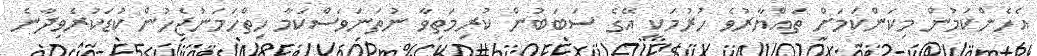
އެހެންކަމުން މިކަންކަމަށް ތައްޔާރުވެ ހުރުމަކީ އޭގެ ސަބަބުން ކުރިމަތިވާ ނުތަނަވަސްކަމާ ހިތްހަމަނުޖެހުން ކުޑަކުރެވިދާނެ